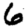
Digit: 6